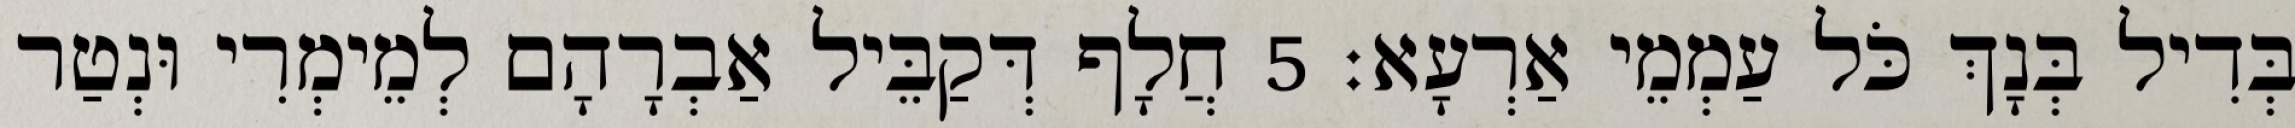
בְּדִיל בְּנָךְ כֹּל עַמְמֵי אַרְעָא׃ 5 חֲלָף דְּקַבֵּיל אַבְרָהָם לְמֵימְרִי וּנְטַר